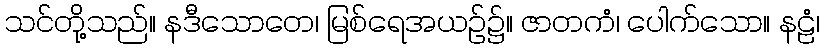
သင်တို့သည်။ နဒီသောတေ၊ မြစ်ရေအယဉ်၌။ ဇာတကံ၊ ပေါက်သော။ နဠံ၊